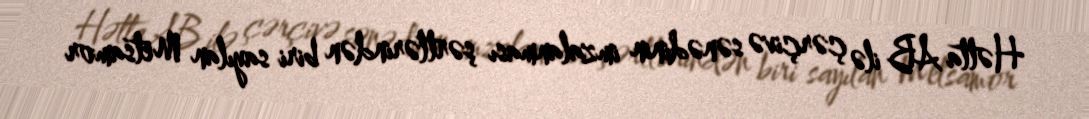
Hətta AB ilə çərçivə sənədinin imzalanması şərtlərindən biri sayılan Metsamor